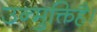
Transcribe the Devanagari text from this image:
उन्मुक्तिहै।